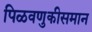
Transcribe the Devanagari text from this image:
पिळवणुकीसमान